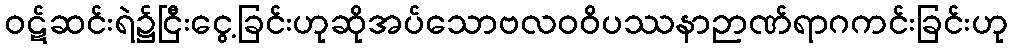
ဝဋ်ဆင်းရဲ၌ငြီးငွေ့ခြင်းဟုဆိုအပ်သောဗလဝဝိပဿနာဉာဏ်ရာဂကင်းခြင်းဟု